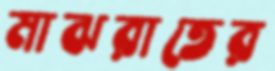
মাঝরাতের